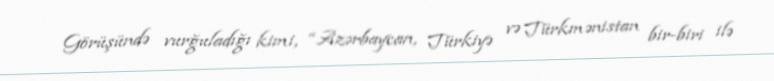
Görüşündə vurğuladığı kimi, “Azərbaycan, Türkiyə və Türkmənistan bir-biri ilə